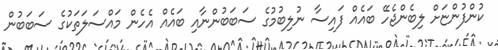
ކުންފުންޏަށް ލިބެންޖެހޭ ބައެއް ފައިސާ ނުލިބުމުގެ ސަބަބުންނާއި ބައެއް އެހެން މައްސަލަތަކުގެ ސަބަބުން